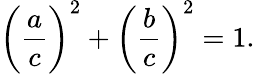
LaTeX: {\biggl(}{\frac{a}{c}}{\biggr)}^{2}+{\biggl(}{\frac{b}{c}}{\biggr)}^{2}=1.